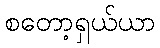
စတော့ရှယ်ယာ